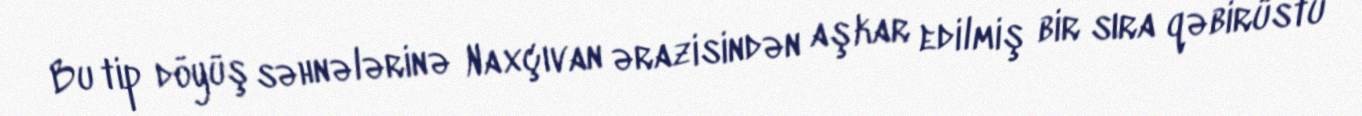
Bu tip döyüş səhnələrinə Naxçıvan ərazisindən aşkar edilmiş bir sıra qəbirüstü